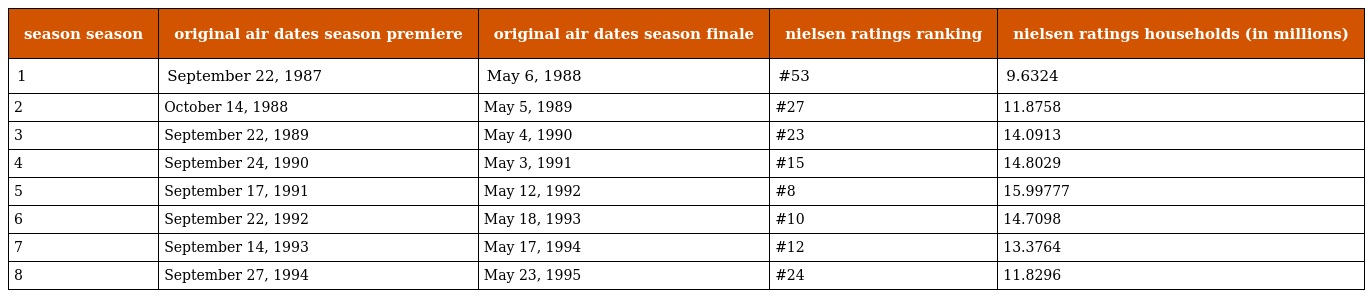
| season season | original air dates season premiere | original air dates season finale | nielsen ratings ranking | nielsen ratings households (in millions) |
 | --- | --- | --- | --- | --- |
 | 1 | September 22, 1987 | May 6, 1988 | #53 | 9.6324 |
 | 2 | October 14, 1988 | May 5, 1989 | #27 | 11.8758 |
 | 3 | September 22, 1989 | May 4, 1990 | #23 | 14.0913 |
 | 4 | September 24, 1990 | May 3, 1991 | #15 | 14.8029 |
 | 5 | September 17, 1991 | May 12, 1992 | #8 | 15.99777 |
 | 6 | September 22, 1992 | May 18, 1993 | #10 | 14.7098 |
 | 7 | September 14, 1993 | May 17, 1994 | #12 | 13.3764 |
 | 8 | September 27, 1994 | May 23, 1995 | #24 | 11.8296 |